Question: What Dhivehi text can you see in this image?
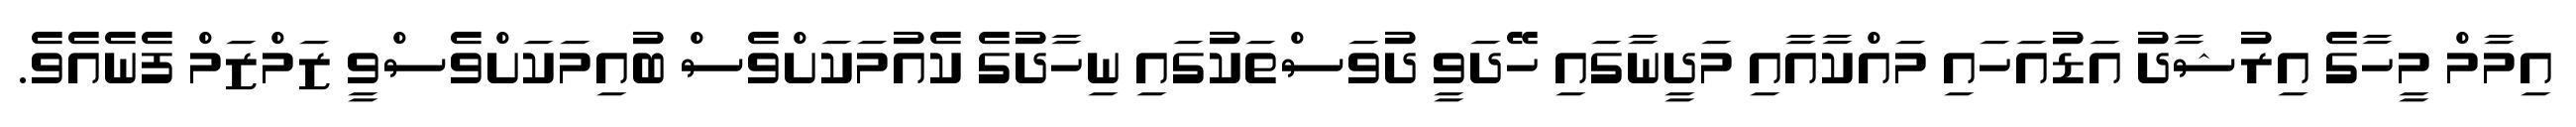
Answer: އިމާމް މީހާގެ އިރުޝާދު އަޑުއަހައި މައްކާއާއި މަދީނާގައި ހޭދަވީ ދުވަސްތަކުގައި ނިހާދުގެ ކެއުމަކަށްވެސް ބުއިމަކަށްވެސްވީ ޒަމްޒަމް ފެނެއެވެ.